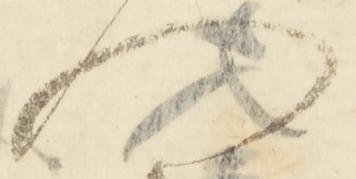
門